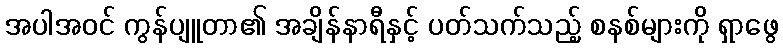
အပါအဝင် ကွန်ပျူတာ၏ အချိန်နာရီနှင့် ပတ်သက်သည့် စနစ်များကို ရှာဖွေ